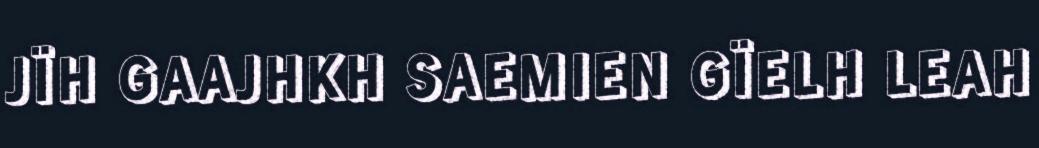
JÏH GAAJHKH SAEMIEN GÏELH LEAH